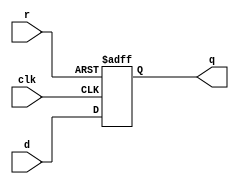
module abc9_test033(input clk, d, r, output reg q);
always @(negedge clk or posedge r)
    if (r) q <= 1'b1;
    else q <= d;
endmodule